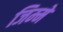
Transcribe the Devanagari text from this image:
जिम्‍मे